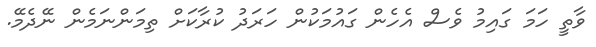
ވާތީ ހަމަ ގައިމު ވެސް އެހެން ގައުމަކުން ހަރަދު ކުރާކަށް ތިމަންނަމެން ނޭދެމޭ.